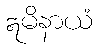
ဣမိနာယံ